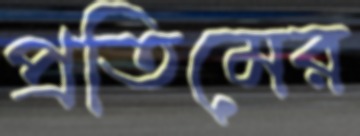
প্রতিমের